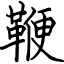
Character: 鞭